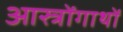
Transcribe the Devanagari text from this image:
आस्त्रोंगाथों